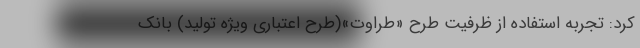
کرد: تجربه استفاده از ظرفیت طرح «طراوت»(طرح اعتباری ویژه تولید) بانک